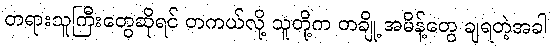
တရားသူကြီးတွေဆိုရင် တကယ်လို့ သူတို့က တချို့ အမိန့်တွေ ချရတဲ့အခါ